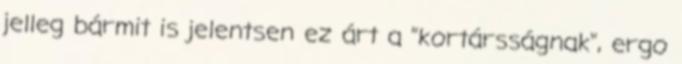
jelleg bármit is jelentsen ez árt a "kortársságnak", ergo